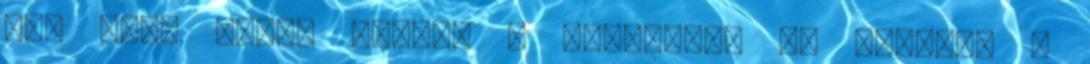
nem bírt hazai pályán a Nánással. Ez történt a